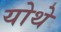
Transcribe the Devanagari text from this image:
योथे